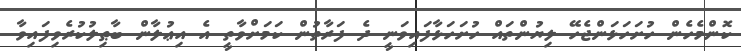
ކޮންމެހެން ހުށަހަޅަންޖެހޭ ލިޔުންތައް ހުށަހަޅާފައިވަނީ ދެ ފަރާތުން ކަމަށްވާތީ އެ އިޢުލާން ބާޠިލުކުރެވިފައިވާ